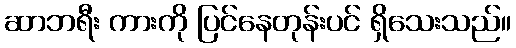
ဆာဘရီး ကားကို ပြင်နေတုန်းပင် ရှိသေးသည်။